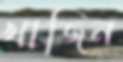
খাজিন